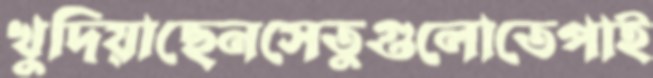
খুদিয়াছেনসেতুগুলোতেপাই